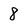
Character: 8